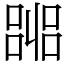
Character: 嘂